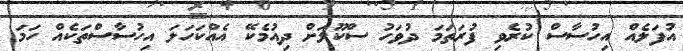
އުފަލެއް އިހުސާސް ކުރެވި ފުރަތަމަ ދުވަހު ސްކޫލަށް ދިއުމެކޭ އެއްކަހަލަ އިހުސާސްތަކެއް ހަމަ